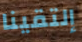
إلتقينا